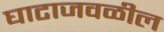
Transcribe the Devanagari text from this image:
घाटाजवळील